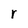
Character: r